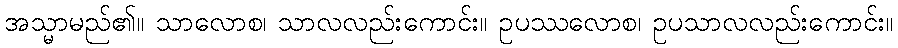
အသ္မာမည်၏။ သာလောစ၊ သာလလည်းကောင်း။ ဥပဿလောစ၊ ဥပသာလလည်းကောင်း။